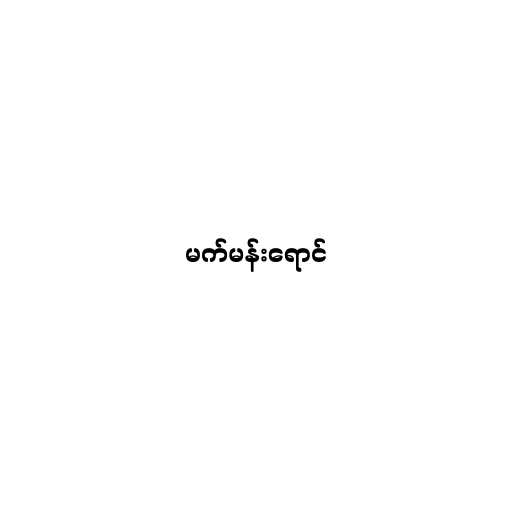
မက်မန်းရောင်